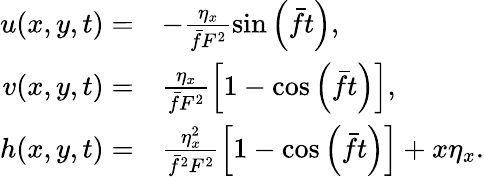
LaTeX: \begin{array}{rl}{u(x,y,t)=}&{-\frac{\eta_{x}}{\bar{f}F^{2}}\sin\left(\bar{f}t\right),}\\ {v(x,y,t)=}&{\frac{\eta_{x}}{\bar{f}F^{2}}\left[1-\cos\left(\bar{f}t\right)\right],}\\ {h(x,y,t)=}&{\frac{\eta_{x}^{2}}{\bar{f}^{2}F^{2}}\left[1-\cos\left(\bar{f}t\right)\right]+x\eta_{x}.}\end{array}